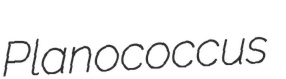
Planococcus